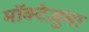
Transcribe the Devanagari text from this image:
मॉक्टेज़ुमा